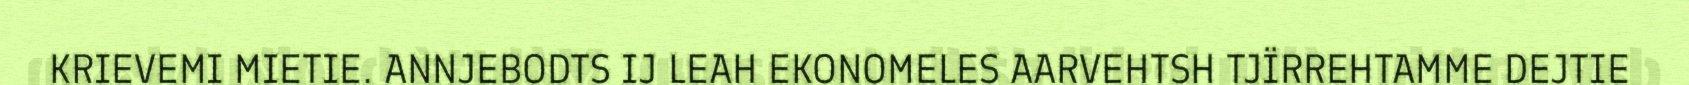
KRIEVEMI MIETIE. ANNJEBODTS IJ LEAH EKONOMELES AARVEHTSH TJÏRREHTAMME DEJTIE